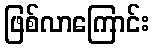
ဖြစ်လာကြောင်း